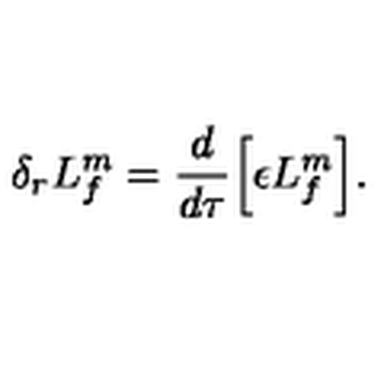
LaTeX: \delta _ { r } L _ { f } ^ { m } = \frac { d } { d \tau } \Bigl [ \epsilon L _ { f } ^ { m } \Bigr ] .